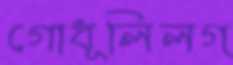
গোধূলিলগ্